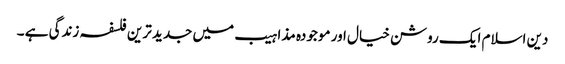
دین اسلام ایک روشن خیال اور موجودہ مذاہیب میں جدید ترین فلسفہ زندگی ہے ۔